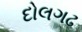
દોલગઢ